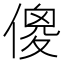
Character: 傻